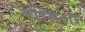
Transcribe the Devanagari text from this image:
चोगला